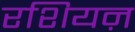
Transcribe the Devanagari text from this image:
रशियऩ